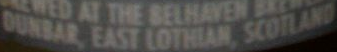
DUNBAR, EAST LOTHEAN, SCOILAND